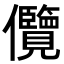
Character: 𭀓